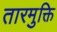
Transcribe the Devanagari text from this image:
तारमुक्ति